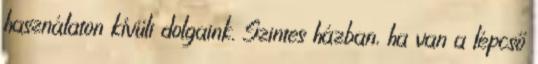
használaton kívüli dolgaink. Szintes házban, ha van a lépcső